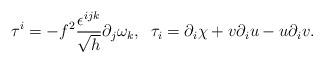
LaTeX: \begin{align*}\tau^i=-f^2\frac{\epsilon^{ijk}}{\sqrt{h}}\partial_j\omega_k,\;\;\tau_i=\partial_i\chi +v\partial_iu-u\partial_iv.\end{align*}